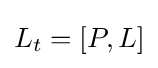
L_{t}=[P,L]